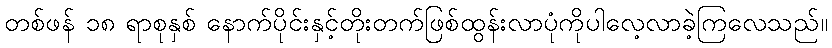
တစ်ဖန် ၁၈ ရာစုနှစ် နောက်ပိုင်းနှင့်တိုးတက်ဖြစ်ထွန်းလာပုံကိုပါလေ့လာခဲ့ကြလေသည်။